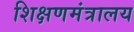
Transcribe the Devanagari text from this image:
शिक्षणमंत्रालय